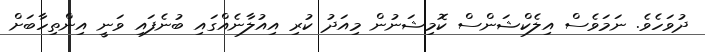
ދުވަހެވެ. ނަމަވެސް އިލެކްޝަންސް ކޮމިޝަނުން މިއަދު ކުރި އިއުލާނެއްގައި ބުނެފައި ވަނީ އިންތިހާބަށް